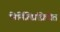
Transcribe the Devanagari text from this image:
निर्मितिप्रक्रियेत